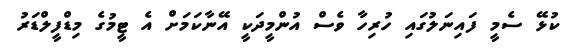
ކުޅޭ ސެމީ ފައިނަލުގައި ހުރިހާ ވެސް އުންމީދަކީ އޭނާކަމަށް އެ ޓީމުގެ މިޑްފީލްޑަރު